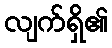
လျက်ရှိ၏